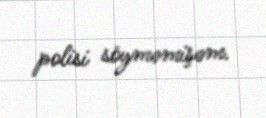
polisi söyməmişəm.